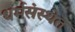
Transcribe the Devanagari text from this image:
धर्मसंस्थेत